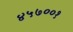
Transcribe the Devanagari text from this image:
४५७००१